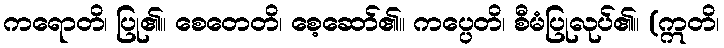
ကရောတိ၊ ပြု၏။ စေတေတိ၊ စေ့ဆော်၏။ ကပ္ပေတိ၊ စီမံပြုလုပ်၏။ (ဣတိ၊